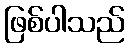
ဖြစ်ပါသည်